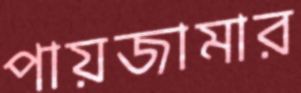
পায়জামার